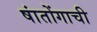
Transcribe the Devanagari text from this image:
षांतोंगाची